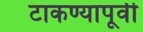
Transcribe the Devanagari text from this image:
टाकण्यापूर्वी